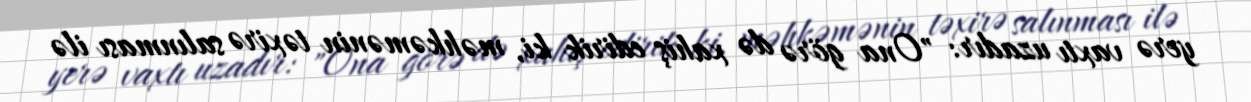
yerə vaxtı uzadır: "Ona görə də xahiş edirik ki, məhkəmənin təxirə salınması ilə